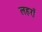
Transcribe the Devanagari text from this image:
लहराँ